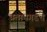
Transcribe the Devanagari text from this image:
प्रतापगडचे